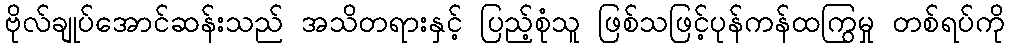
ဗိုလ်ချုပ်အောင်ဆန်းသည် အသိတရားနှင့် ပြည့်စုံသူ ဖြစ်သဖြင့်ပုန်ကန်ထကြွမှု တစ်ရပ်ကို